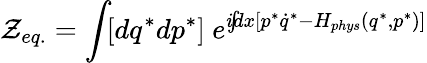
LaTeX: {\cal Z}_{eq.}=\int\! [dq^{*}dp^{*}]~e^{i\! \! \int\! \! dx[p^{*}\dot{q}^{*}-H_{phys}(q^{*},p^{*})]}